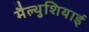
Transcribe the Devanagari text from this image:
मैल्थुशियाई